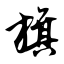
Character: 旗